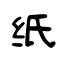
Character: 纸